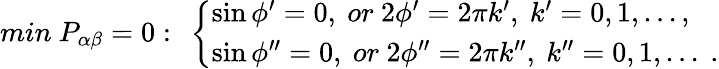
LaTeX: min~P_{\alpha\beta}=0:~\left\{ \begin{array}{l}{{\sin\phi^{\prime}=0,~or~2\phi^{\prime}=2\pi k^{\prime},~k^{\prime}=0,1,...,}}\\ {{\sin\phi^{\prime\prime}=0,~or~2\phi^{\prime\prime}=2\pi k^{\prime\prime},~k^{\prime\prime}=0,1,...~.}}\end{array}\right.